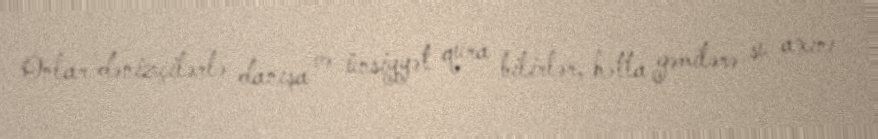
Onlar dənizçilərlə danışa və ünsiyyət qura bilirlər, hətta gəmilərə su axını